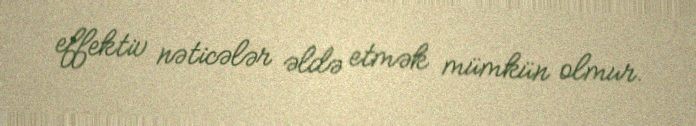
effektiv nəticələr əldə etmək mümkün olmur.